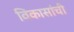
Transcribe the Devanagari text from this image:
विकासांची